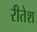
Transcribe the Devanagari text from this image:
रीतेश